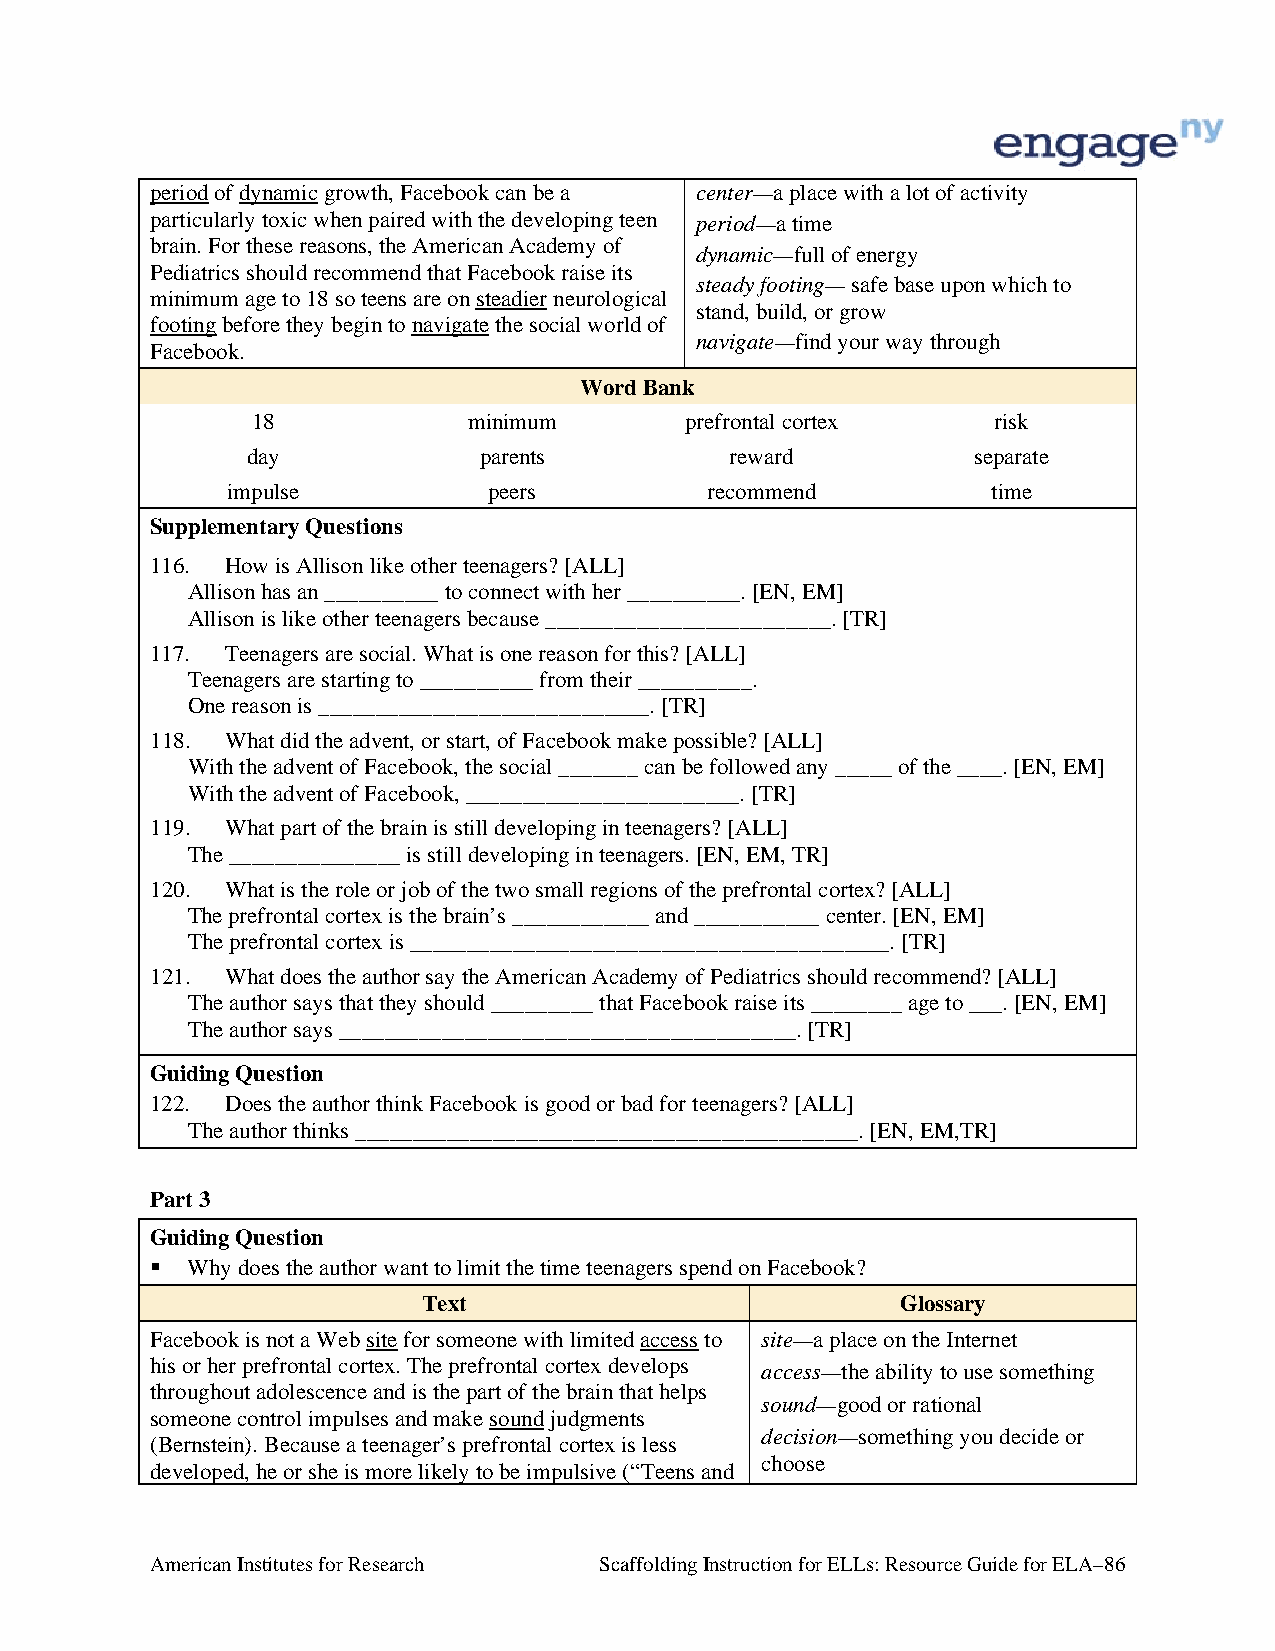
period of dynamic growth, Facebook can be a center—a place with a lot of activity
 particularly toxic when paired with the developing teen period—a time
 brain. For these reasons, the American Academy of
 dynamic—full of energy
 Pediatrics should recommend that Facebook raise its
 steady footing— safe base upon which to
 minimum age to 18 so teens are on steadier neurological
 stand, build, or grow
 footing before they begin to navigate the social world of
 navigate—find your way through
 Facebook.
 Word Bank
 18            minimum       prefrontal cortex    risk
 day             parents         reward          separate
 impulse          peers          recommend          time
 Supplementary Questions
 116. How is Allison like other teenagers? [ALL]
 Allison has an __________ to connect with her __________. [EN, EM]
 Allison is like other teenagers because _________________________. [TR]
 117. Teenagers are social. What is one reason for this? [ALL]
 Teenagers are starting to __________ from their __________.
 One reason is _____________________________. [TR]
 118. What did the advent, or start, of Facebook make possible? [ALL]
 With the advent of Facebook, the social _______ can be followed any _____ of the ____. [EN, EM]
 With the advent of Facebook, ________________________. [TR]
 119. What part of the brain is still developing in teenagers? [ALL]
 The _______________ is still developing in teenagers. [EN, EM, TR]
 120. What is the role or job of the two small regions of the prefrontal cortex? [ALL]
 The prefrontal cortex is the brain’s ____________ and ___________ center. [EN, EM]
 The prefrontal cortex is __________________________________________. [TR]
 121. What does the author say the American Academy of Pediatrics should recommend? [ALL]
 The author says that they should _________ that Facebook raise its ________ age to ___. [EN, EM]
 The author says ________________________________________. [TR]
 Guiding Question
 122. Does the author think Facebook is good or bad for teenagers? [ALL]
 The author thinks ____________________________________________. [EN, EM,TR]
 Part 3
 Guiding Question
  Why does the author want to limit the time teenagers spend on Facebook?
 Text                            Glossary
 Facebook is not a Web site for someone with limited access to site—a place on the Internet
 his or her prefrontal cortex. The prefrontal cortex develops access—the ability to use something
 throughout adolescence and is the part of the brain that helps
 sound—good or rational
 someone control impulses and make sound judgments
 decision—something you decide or
 (Bernstein). Because a teenager’s prefrontal cortex is less
 choose
 developed, he or she is more likely to be impulsive (“Teens and
 American Institutes for Research Scaffolding Instruction for ELLs: Resource Guide for ELA–86